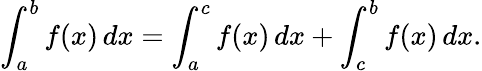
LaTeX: \int_{a}^{b}f(x)\, dx=\int_{a}^{c}f(x)\, dx+\int_{c}^{b}f(x)\, dx.